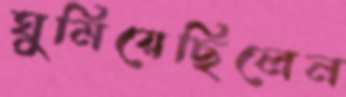
ঘুমিয়েছিলেন